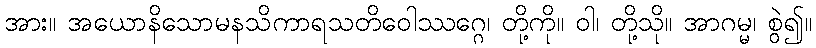
အား။ အယောနိသောမနသိကာရသတိဝေါဿဂ္ဂေ၊ တို့ကို။ ဝါ၊ တို့သို။ အာဂမ္မ၊ စွဲ၍။